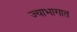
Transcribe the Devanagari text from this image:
ज्याभागात